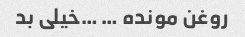
روغن مونده … …خیلی بد